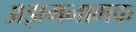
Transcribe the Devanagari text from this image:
अझमनामक